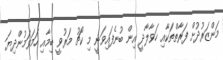
މަންޒަރުދުށް ފަރާތްތަކާއި ހަވާލާދީ އިން ބުނެފައިވަނީ މި ކޯޗު މަރުވީ ބިމާއި ހަމަވަމުންދިޔަ